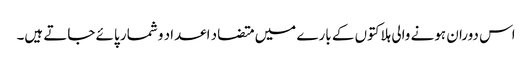
اس دوران ہونے والی ہلاکتوں کے بارے میں متضاد اعداد و شمار پائے جاتے ہیں۔